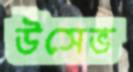
উসেভ